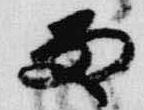
雨